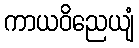
ကာယဝိညေယျံ